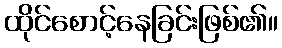
ထိုင်စောင့်နေခြင်းဖြစ်၏။